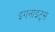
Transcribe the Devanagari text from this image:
इगनाइट्स